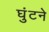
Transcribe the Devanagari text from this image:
घुंटने